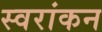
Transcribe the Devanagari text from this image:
स्वरांकन